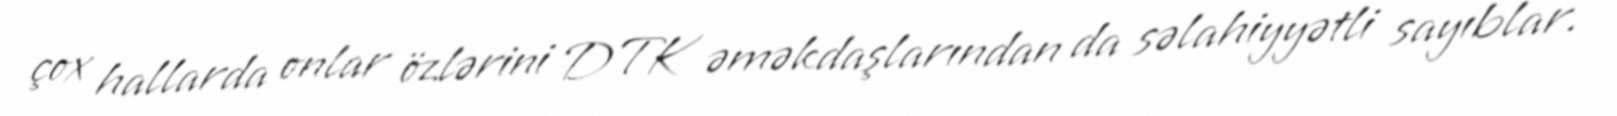
çox hallarda onlar özlərini DTK əməkdaşlarından da səlahiyyətli sayıblar.